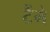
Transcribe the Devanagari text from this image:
टैंगे